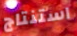
استنتاج